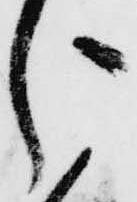
う